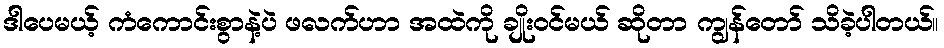
ဒါပေမယ့် ကံကောင်းစွာနဲ့ပဲ ဖလက်ဟာ အထဲကို ချိုးဝင်မယ် ဆိုတာ ကျွန်တော် သိခဲ့ပါတယ်။